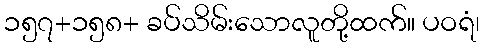
၁၅၇+၁၅၈+ ခပ်သိမ်းသောလူတို့ထက်။ ပဝရံ၊